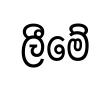
ලීමේ